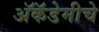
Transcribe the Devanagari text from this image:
अॅकॅडेमीचे